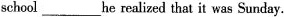
school_ he realized that it was Sunday.